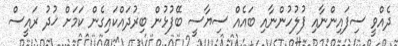
ދެއްވީ ސިފައިންނާއި ފުލުހުންނާއި ބައެއް ސިޔާސީ ބޭފުޅުން ބިރުދައްކައިގެން ކަމަށް ޚުދު ރައީސް